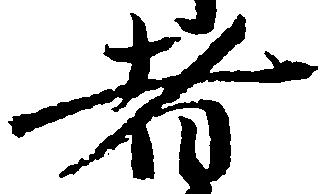
者